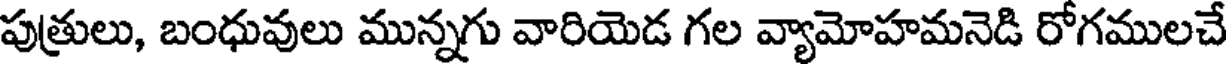
పుత్రులు, బంధువులు మున్నగు వారియెడ గల వ్యామోహమనెడి రోగములచే